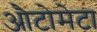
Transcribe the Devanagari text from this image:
औटोमेटा